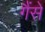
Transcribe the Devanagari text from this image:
गैंसे